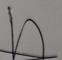
Signature authenticity: genuine